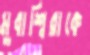
মুবাশ্বিরাকে